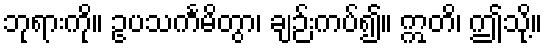
ဘုရားကို။ ဥပသင်္ကမိတွာ၊ ချဉ်းကပ်၍။ ဣတိ၊ ဤသို့။